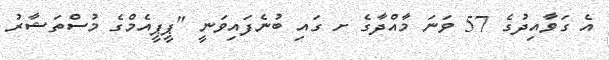
އެ ގަވާއިދުގެ 57 ވަނަ މާއްދާގެ ށ ގައި ބުނެފައިވަނީ "ޕީޕީއެމްގެ މުސްތަޝާރު